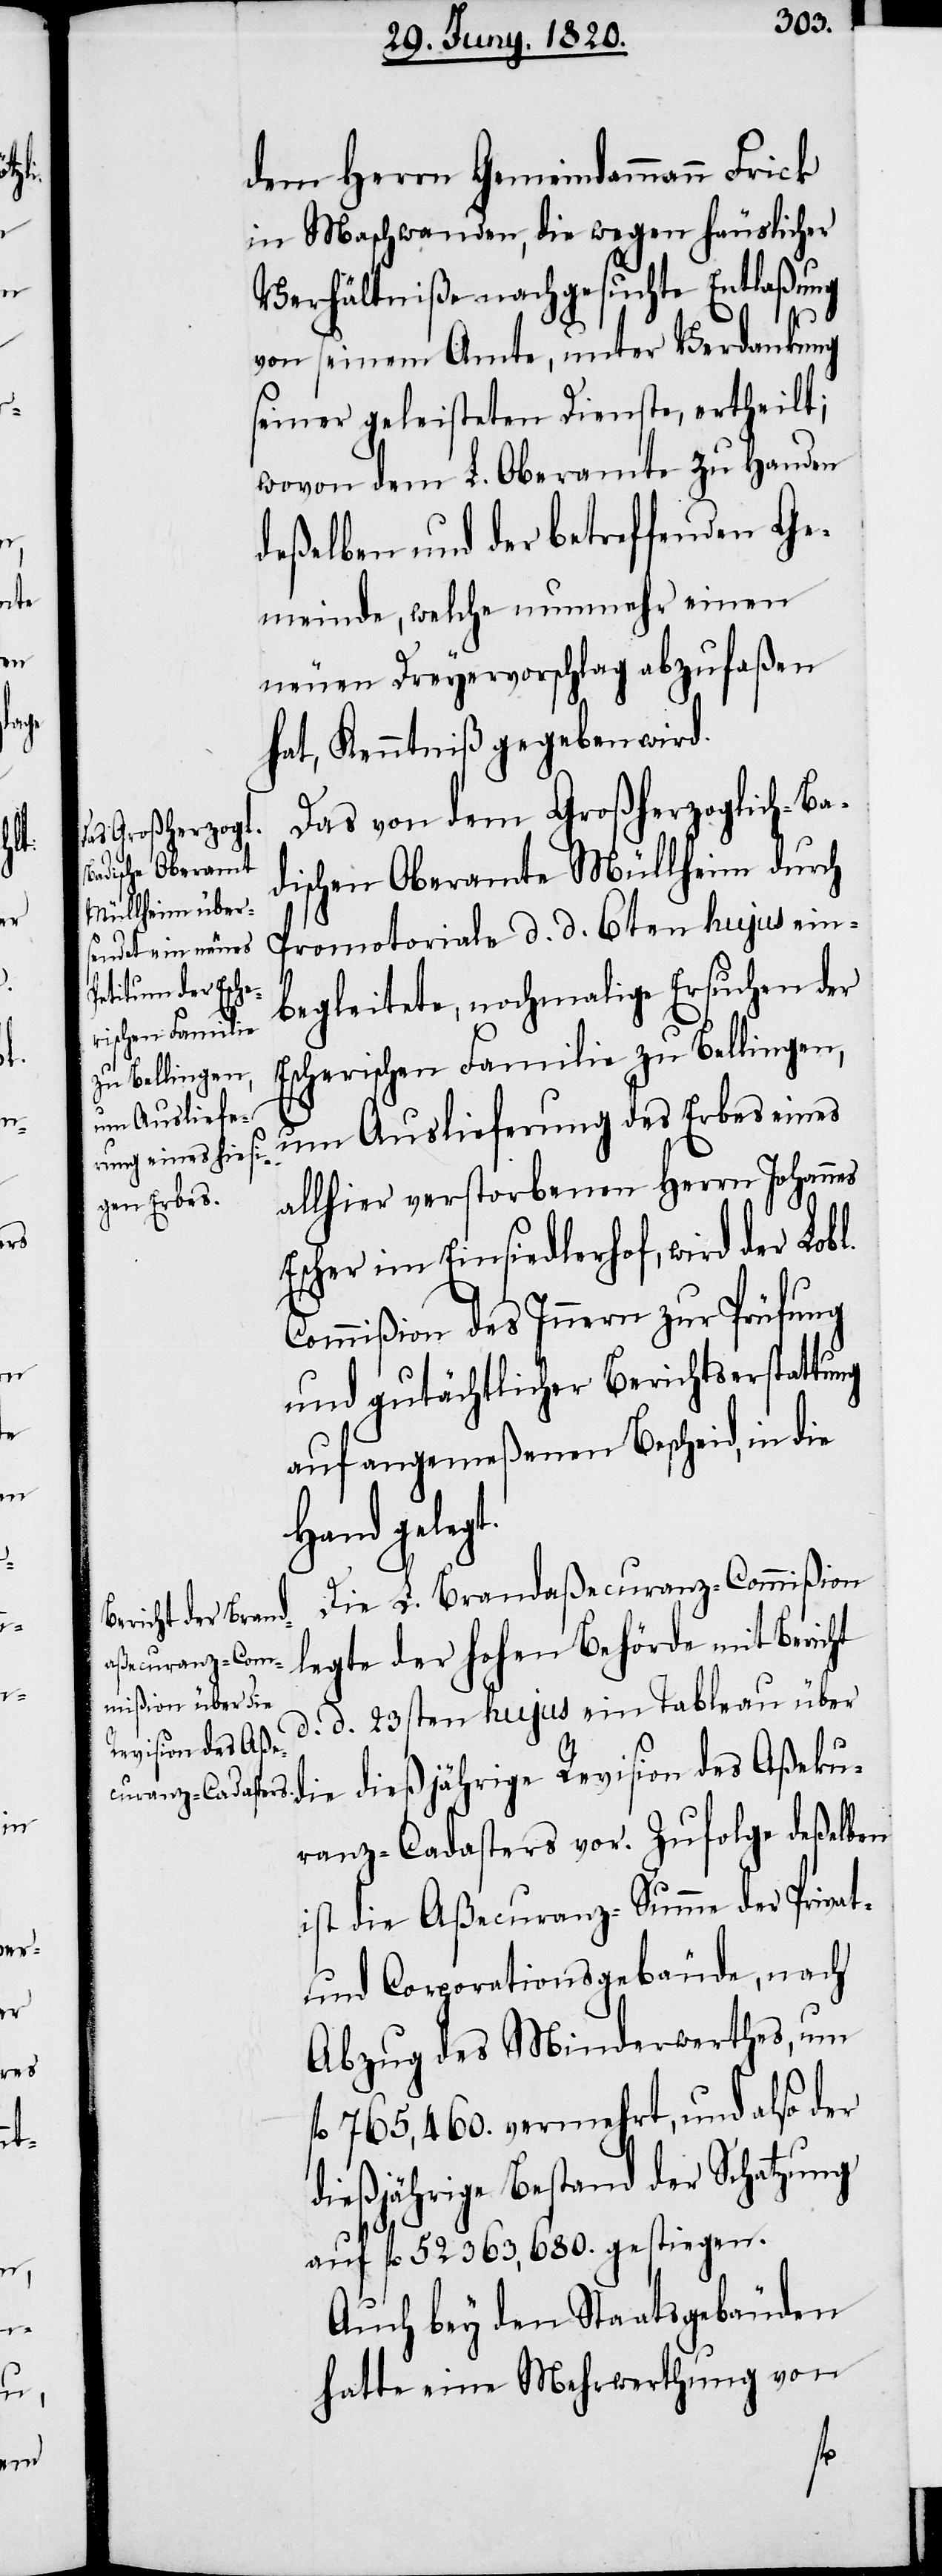
Das vom dem Großherzoglich-Ba¬
dischen Oberamte Müllheim durch
Promotoriale d. d. 6ten hujus ein¬
begleitete, nochmalige Ersuchen der
Escherischen Familie zu Bellingen,
um Auslieferung des Erbes eines
allhier verstorbenen Herrn Johannes
Escher im Einsiedlerhof, wird der Lobl.
Commißion des Innern zur Prüfung
und gutächtlicher Berichtserstattung
auf angemeßenen Bescheid, in die
Hand geleg¬
Die L. Brandaßecuranz-Commißion
legte der hohen Behörde mit Bericht
d. d. 23sten hujus ein Tableau über
die dießjährige Revision des Aßeku¬
ranz-Cadasters vor. Zufolge deßelben
ist die Aßecuranz-Summe der Privat-
und Corporationsgebäude, nach
Abzug des Minderwerthes, um
fl 765,460. vermehrt, und also der
dießjährige Bestand der Schatzung
auf fl 52363,680. gestiegen.
Auch bey den Staatsgebäuden
hatte eine Mehrwerthung von
t.